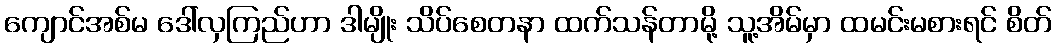
ကျောင်အစ်မ ဒေါ်လှကြည်ဟာ ဒါမျိုး သိပ်စေတနာ ထက်သန်တာမို့ သူ့အိမ်မှာ ထမင်းမစားရင် စိတ်